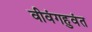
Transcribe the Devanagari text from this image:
वीवंगहुवंत